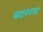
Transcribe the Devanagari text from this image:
पाटननगर